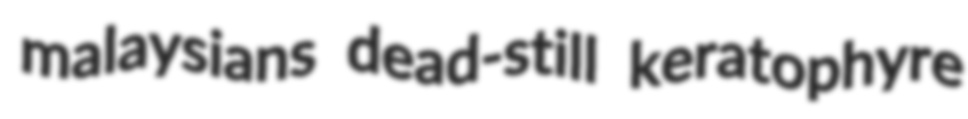
malaysians dead-still keratophyre